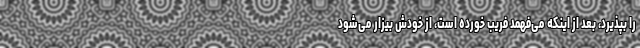
را بپذيرد، بعد از اينكه می‌فهمد فريب خورده است، از خودش بيزار می‌شود